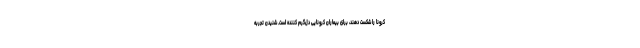
کرونا را شکست دهند، برای بیماران کرونایی دل‌گرم کننده است. شنیدن تجربه